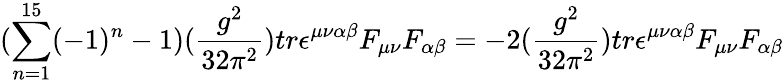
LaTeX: (\sum_{n=1}^{15}(-1)^{n}-1)(\frac{g^{2}}{32\pi^{2}})tr\epsilon^{\mu\nu\alpha\beta}F_{\mu\nu}F_{\alpha\beta}=-2(\frac{g^{2}}{32\pi^{2}})tr\epsilon^{\mu\nu\alpha\beta}F_{\mu\nu}F_{\alpha\beta}